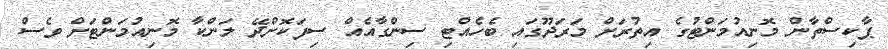
ޕާކިސްތާން މޮނިއުމަންޓުގެ އިތުރަށް މަރަދޫގައި ބެހެއްޓި ސިންގާއެއް ސިފަކޮށްދޭ ލަންކާ މޮނިއުމަންޓަށް ވެސް